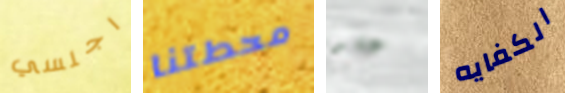
اجلسي محطتنا علو الكفايه